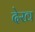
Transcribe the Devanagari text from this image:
देख्‍ा